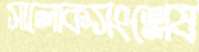
সালোকসংশ্লেষ